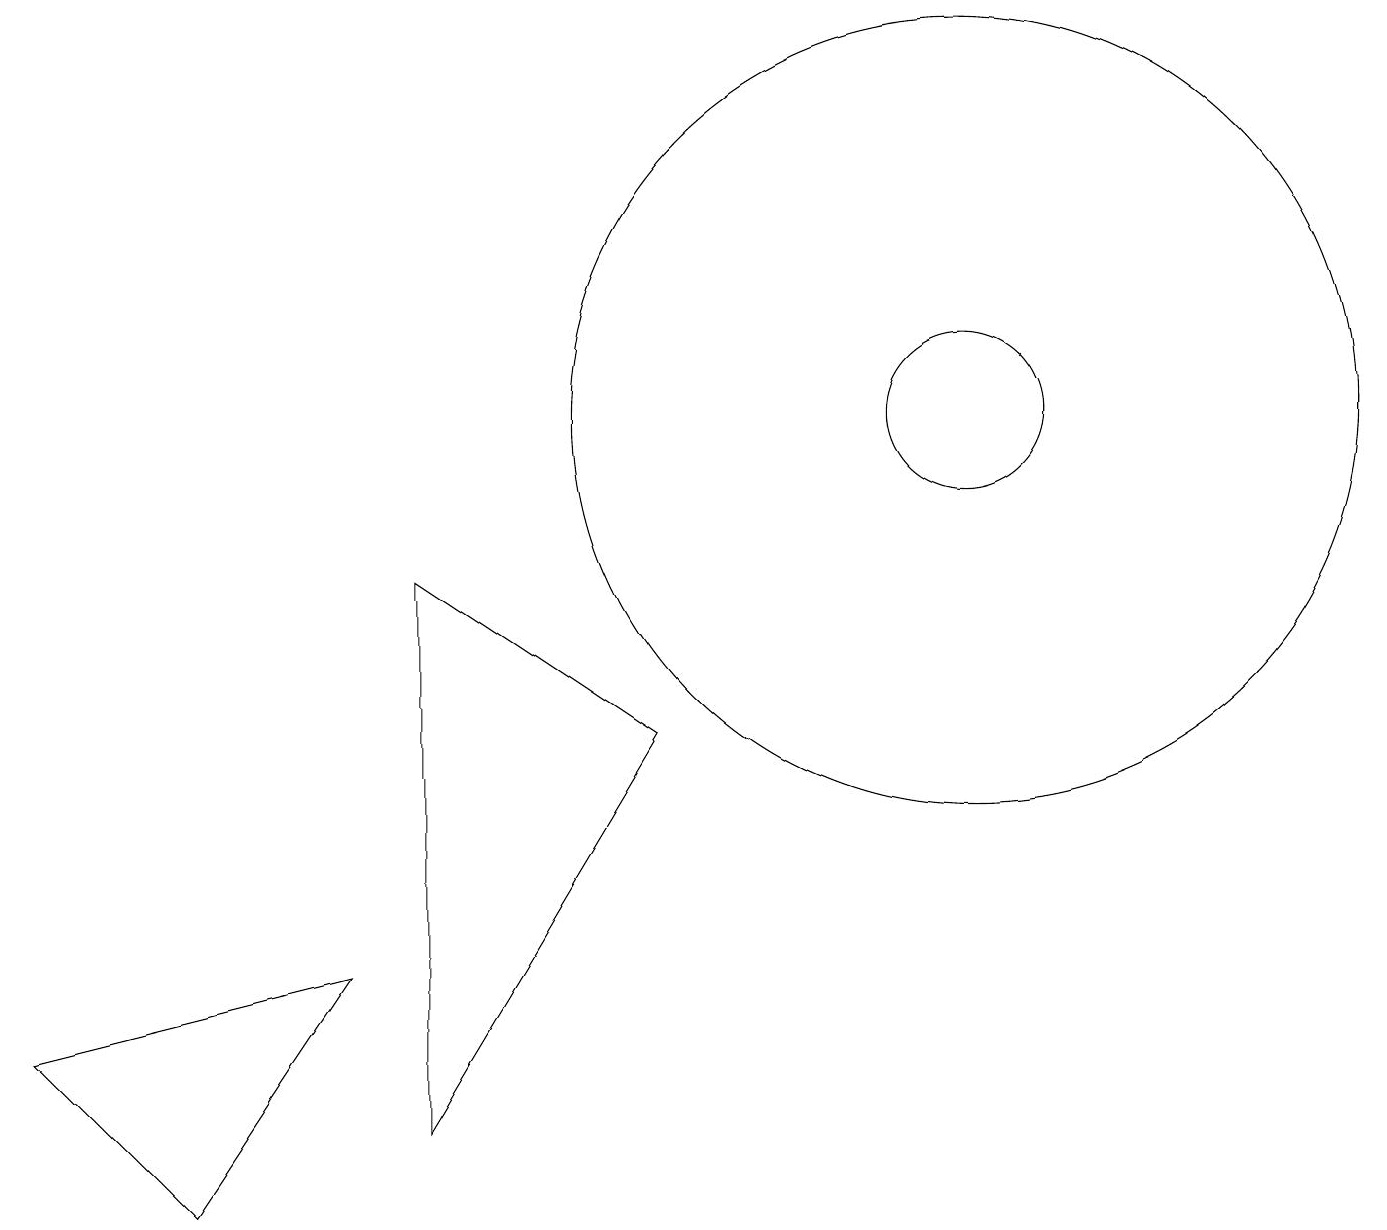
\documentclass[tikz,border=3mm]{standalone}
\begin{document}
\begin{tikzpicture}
\draw (2,1) -- (4,4) -- (0,3) -- cycle;
\draw (5,9) -- (5,2) -- (8,7) -- cycle;
\draw (12,11) circle (5);
\draw (12,11) circle (1);
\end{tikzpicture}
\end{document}